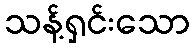
သန့်ရှင်းသော